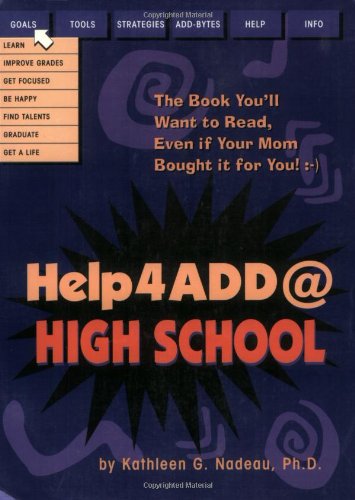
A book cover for Help4ADD@High School; Kathleen M. Nadeau; Health, Fitness & Dieting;